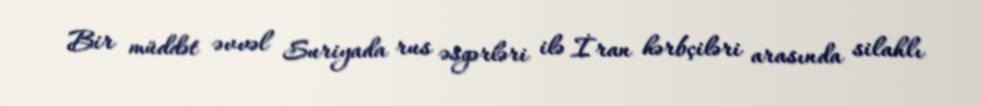
Bir müddət əvvəl Suriyada rus əsgərləri ilə İran hərbçiləri arasında silahlı